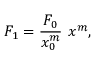
F _ { 1 } = { \frac { F _ { 0 } } { x _ { 0 } ^ { m } } } \, \, x ^ { m } ,